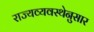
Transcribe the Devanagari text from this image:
राज्यव्यवस्थेनुसार